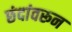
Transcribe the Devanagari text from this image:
छंदांवरून